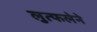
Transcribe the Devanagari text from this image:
लुत्फलेने